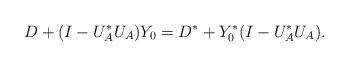
LaTeX: \begin{align*}D+(I-U_A^*U_A)Y_0=D^*+Y_0^*(I-U_A^*U_A).\end{align*}